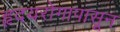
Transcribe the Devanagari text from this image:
हृदयरोगापासून